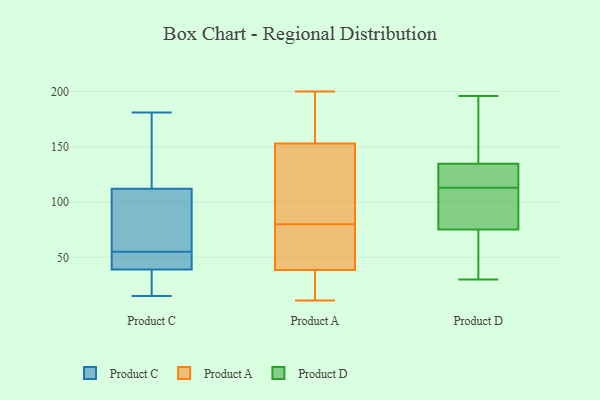
{"axis": {"x": "Page Views", "y": "Value"}, "legend": ["Product A", "Product C", "Product D"], "data": [{"x": "", "y": 40, "type": "Product C"}, {"x": "", "y": 44, "type": "Product C"}, {"x": "", "y": 82, "type": "Product C"}, {"x": "", "y": 15, "type": "Product C"}, {"x": "", "y": 150, "type": "Product C"}, {"x": "", "y": 41, "type": "Product C"}, {"x": "", "y": 181, "type": "Product C"}, {"x": "", "y": 66, "type": "Product C"}, {"x": "", "y": 112, "type": "Product C"}, {"x": "", "y": 129, "type": "Product C"}, {"x": "", "y": 39, "type": "Product C"}, {"x": "", "y": 39, "type": "Product C"}, {"x": "", "y": 69, "type": "Product C"}, {"x": "", "y": 34, "type": "Product C"}, {"x": "", "y": 35, "type": "Product A"}, {"x": "", "y": 200, "type": "Product A"}, {"x": "", "y": 15, "type": "Product A"}, {"x": "", "y": 189, "type": "Product A"}, {"x": "", "y": 68, "type": "Product A"}, {"x": "", "y": 11, "type": "Product A"}, {"x": "", "y": 99, "type": "Product A"}, {"x": "", "y": 80, "type": "Product A"}, {"x": "", "y": 58, "type": "Product A"}, {"x": "", "y": 12, "type": "Product A"}, {"x": "", "y": 42, "type": "Product A"}, {"x": "", "y": 80, "type": "Product A"}, {"x": "", "y": 177, "type": "Product A"}, {"x": "", "y": 130, "type": "Product A"}, {"x": "", "y": 176, "type": "Product A"}, {"x": "", "y": 105, "type": "Product A"}, {"x": "", "y": 196, "type": "Product D"}, {"x": "", "y": 101, "type": "Product D"}, {"x": "", "y": 115, "type": "Product D"}, {"x": "", "y": 132, "type": "Product D"}, {"x": "", "y": 81, "type": "Product D"}, {"x": "", "y": 114, "type": "Product D"}, {"x": "", "y": 30, "type": "Product D"}, {"x": "", "y": 113, "type": "Product D"}, {"x": "", "y": 76, "type": "Product D"}, {"x": "", "y": 162, "type": "Product D"}, {"x": "", "y": 73, "type": "Product D"}, {"x": "", "y": 143, "type": "Product D"}, {"x": "", "y": 68, "type": "Product D"}, {"x": "", "y": 148, "type": "Product D"}, {"x": "", "y": 68, "type": "Product D"}, {"x": "", "y": 86, "type": "Product D"}, {"x": "", "y": 117, "type": "Product D"}]}